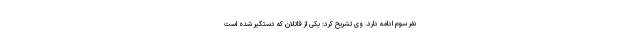
نفر سوم ادامه دارد. وی تشریح کرد: یکی از قاتلان که دستگیر شده است